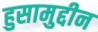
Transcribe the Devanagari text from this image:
हुसामुद्दीन